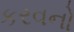
કરવનો